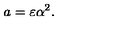
a = \varepsilon \alpha ^ { 2 } .